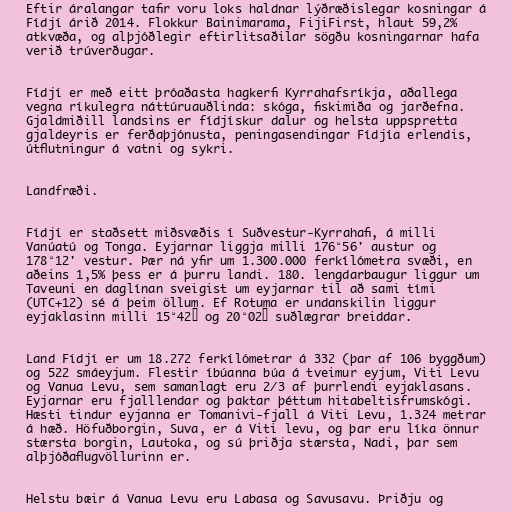
Eftir áralangar tafir voru loks haldnar lýðræðislegar kosningar á
Fídjí árið 2014. Flokkur Bainimarama, FijiFirst, hlaut 59,2%
atkvæða, og alþjóðlegir eftirlitsaðilar sögðu kosningarnar hafa
verið trúverðugar.

Fídjí er með eitt þróaðasta hagkerfi Kyrrahafsríkja, aðallega
vegna ríkulegra náttúruauðlinda: skóga, fiskimiða og jarðefna.
Gjaldmiðill landsins er fídjískur dalur og helsta uppspretta
gjaldeyris er ferðaþjónusta, peningasendingar Fídjía erlendis,
útflutningur á vatni og sykri.

Landfræði.

Fídjí er staðsett miðsvæðis í Suðvestur-Kyrrahafi, á milli
Vanúatú og Tonga. Eyjarnar liggja milli 176°56' austur og
178°12' vestur. Þær ná yfir um 1.300.000 ferkílómetra svæði, en
aðeins 1,5% þess er á þurru landi. 180. lengdarbaugur liggur um
Taveuni en daglínan sveigist um eyjarnar til að sami tími
(UTC+12) sé á þeim öllum. Ef Rotuma er undanskilin liggur
eyjaklasinn milli 15°42′ og 20°02′ suðlægrar breiddar.

Land Fídjí er um 18.272 ferkílómetrar á 332 (þar af 106 byggðum)
og 522 smáeyjum. Flestir íbúanna búa á tveimur eyjum, Viti Levu
og Vanua Levu, sem samanlagt eru 2/3 af þurrlendi eyjaklasans.
Eyjarnar eru fjalllendar og þaktar þéttum hitabeltisfrumskógi.
Hæsti tindur eyjanna er Tomanivi-fjall á Viti Levu, 1.324 metrar
á hæð. Höfuðborgin, Suva, er á Viti levu, og þar eru líka önnur
stærsta borgin, Lautoka, og sú þriðja stærsta, Nadi, þar sem
alþjóðaflugvöllurinn er.

Helstu bæir á Vanua Levu eru Labasa og Savusavu. Þriðju og